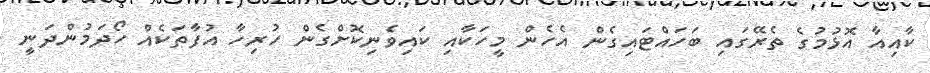
ކާއިއާ އޮޅުމުގެ ތެރޭގައި ބަހައްޓައިގެން އެހެން މީހަކާއި ކައިވެނިކޮށްގެން ހުރިހާ އުފާތަކެއް ހޯދަމުންދަނީ